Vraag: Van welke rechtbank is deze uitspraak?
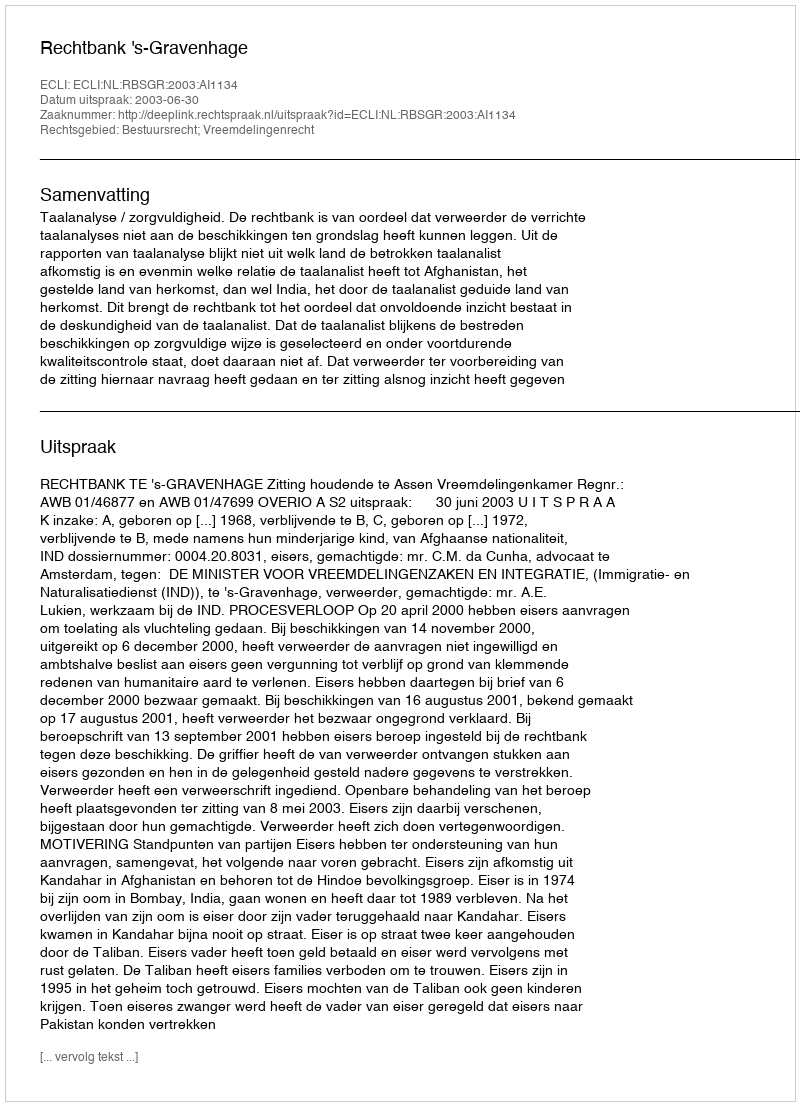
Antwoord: Rechtbank 's-Gravenhage